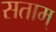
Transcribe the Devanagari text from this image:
सताम्